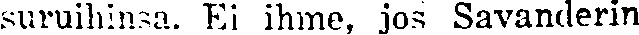
suruihinsa. Ei ihme, jos Savanderin